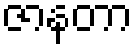
ဇာနတာ